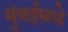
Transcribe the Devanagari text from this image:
मुंबईमधे